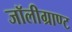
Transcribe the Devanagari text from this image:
जॉलीग्राण्ट